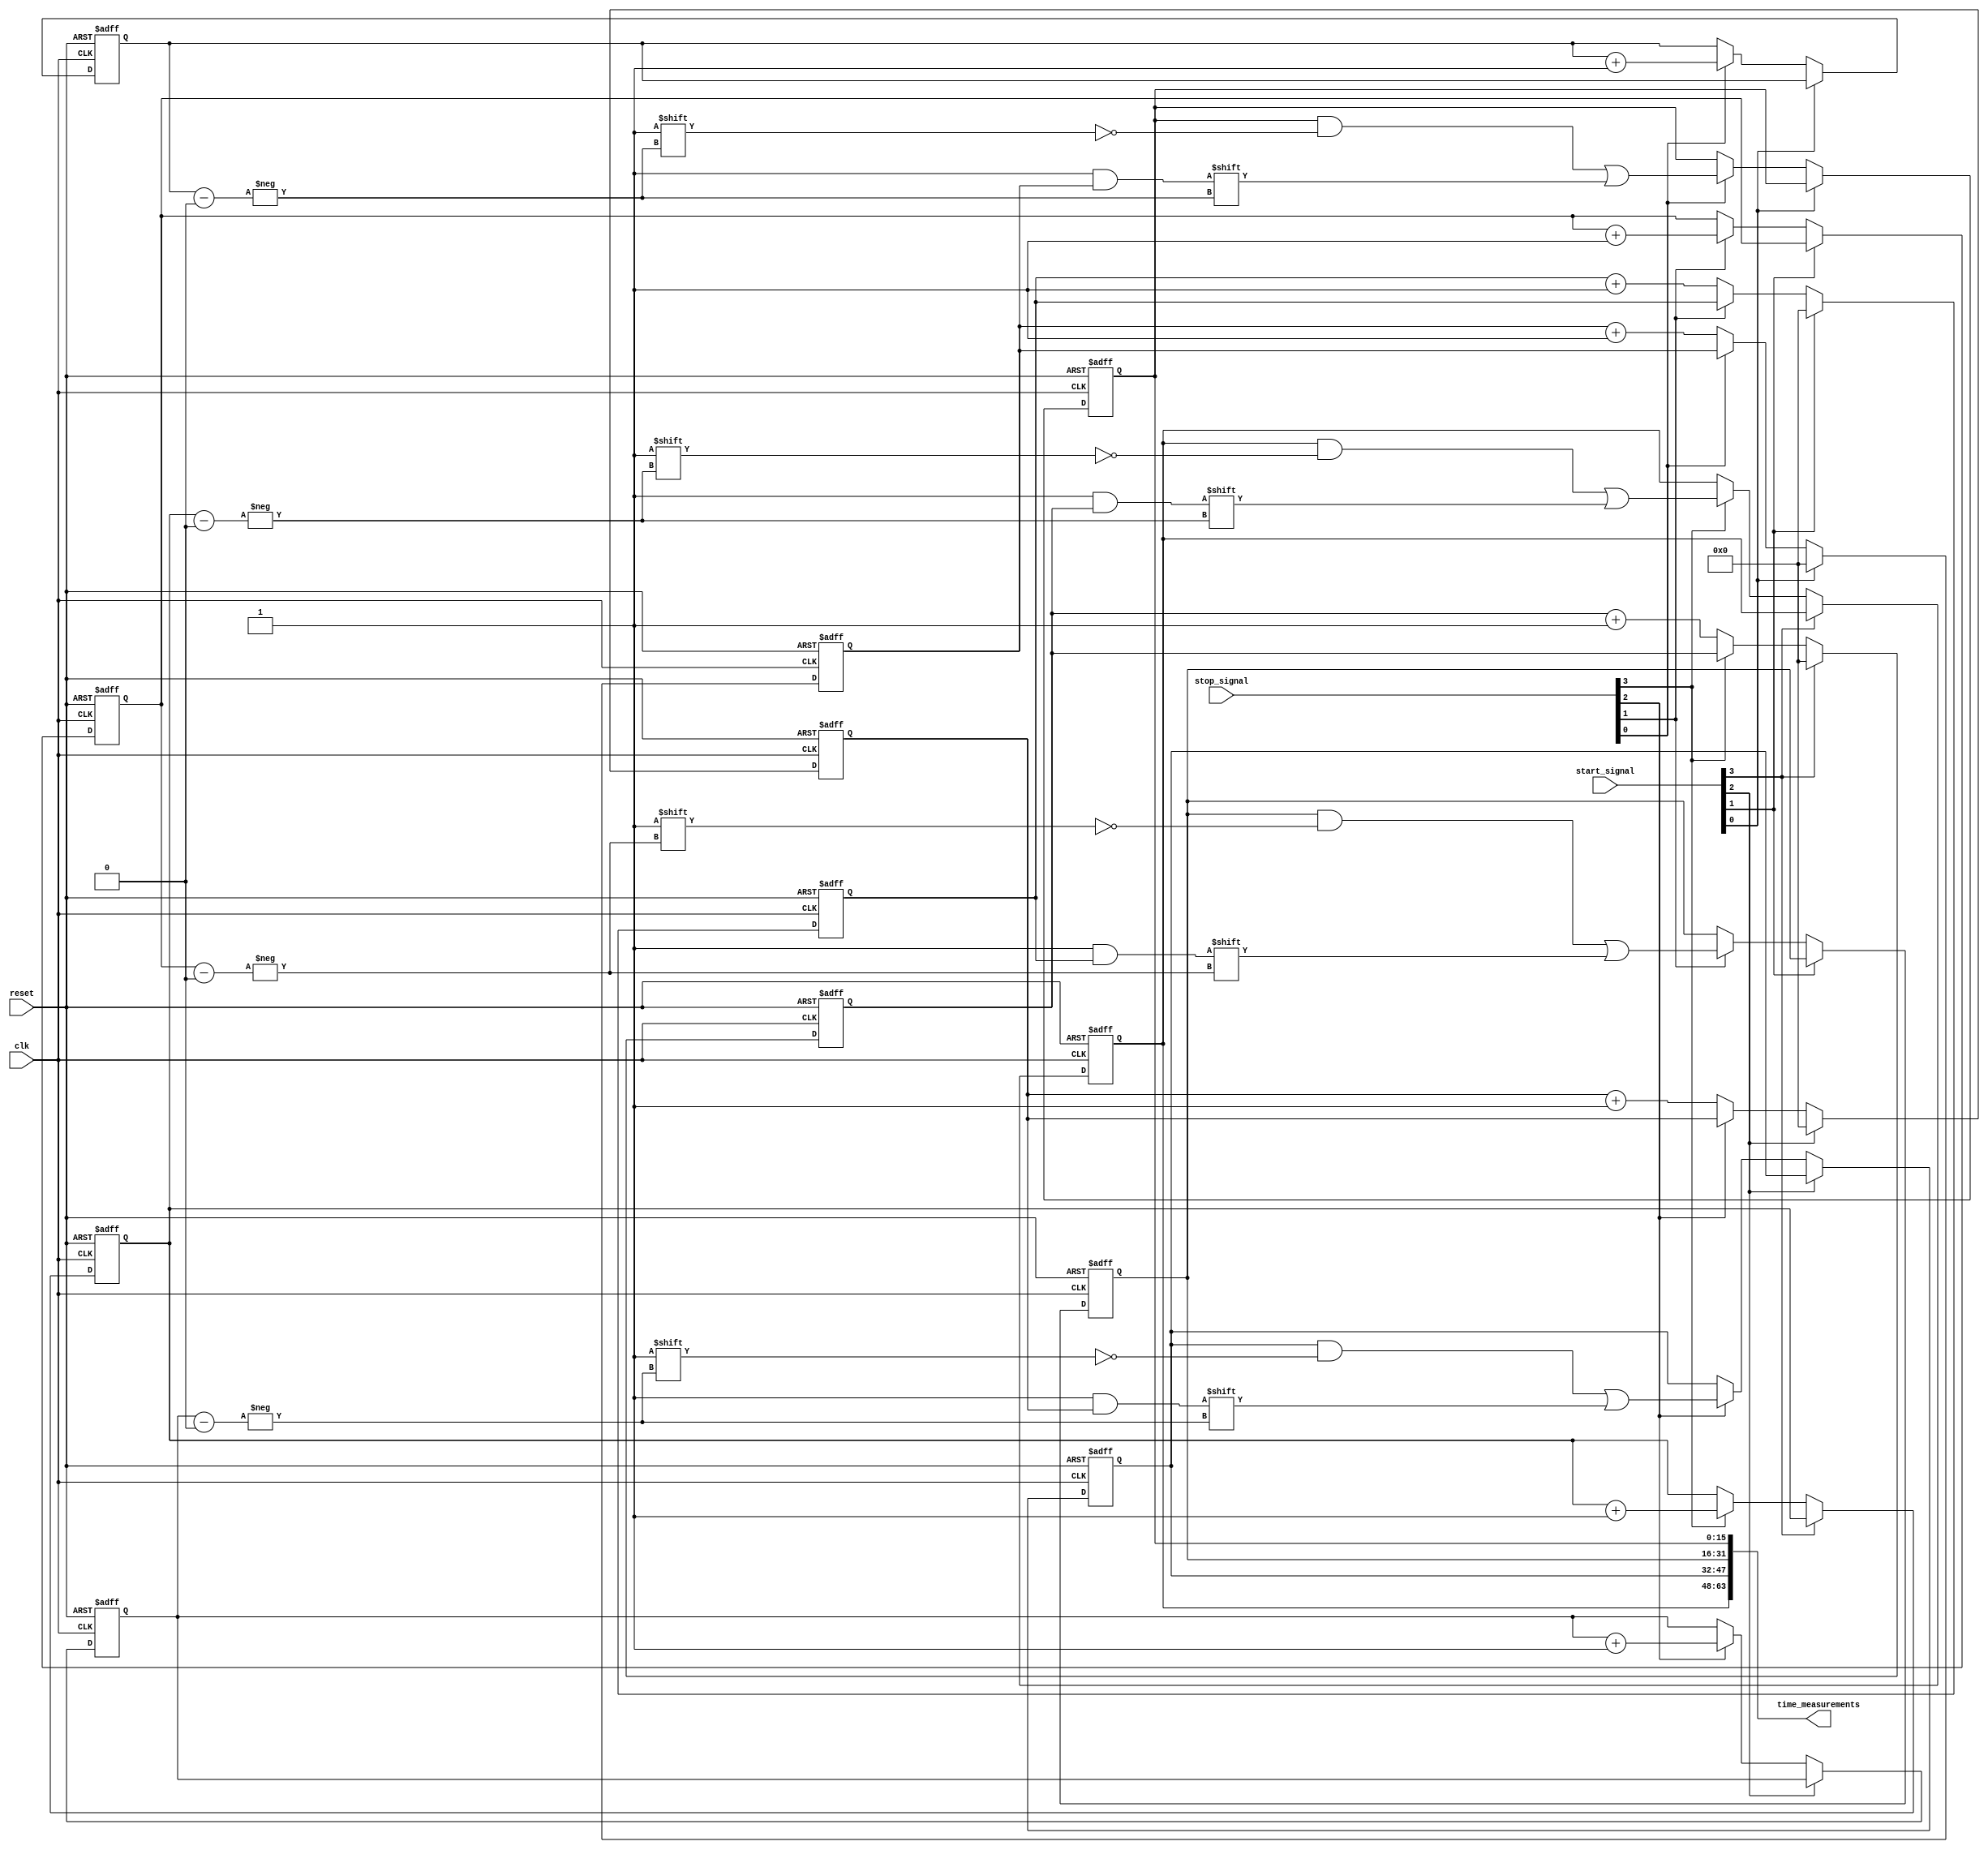
module TimeToDigitalConverter #(
    parameter NUM_CHANNELS = 4, // Number of TDC channels
    parameter MEMORY_DEPTH = 16  // Depth of memory for each channel
)(
    input wire clk,               // Sampling clock
    input wire reset,             // Reset signal
    input wire [NUM_CHANNELS-1:0] start_signal, // Start signals for each channel
    input wire [NUM_CHANNELS-1:0] stop_signal,  // Stop signals for each channel
    output wire [NUM_CHANNELS*MEMORY_DEPTH-1:0] time_measurements // Output time measurements
);
    // Internal signals
    reg [MEMORY_DEPTH-1:0] memory [0:NUM_CHANNELS-1]; // Memory for each channel
    reg [MEMORY_DEPTH-1:0] counter [0:NUM_CHANNELS-1]; // Counter for each channel
    reg [3:0] write_pointer [0:NUM_CHANNELS-1]; // Write pointers for memory
    reg [3:0] read_pointer [0:NUM_CHANNELS-1];  // Read pointers for memory

    // Initialize memory and pointers
    integer i;
    always @(posedge clk or posedge reset) begin
        if (reset) begin
            for (i = 0; i < NUM_CHANNELS; i = i + 1) begin
                memory[i] <= 0;
                counter[i] <= 0;
                write_pointer[i] <= 0;
                read_pointer[i] <= 0;
            end
        end else begin
            for (i = 0; i < NUM_CHANNELS; i = i + 1) begin
                // Start measuring time
                if (start_signal[i]) begin
                    counter[i] <= 0; // Reset counter on start
                end else if (stop_signal[i]) begin
                    // Store measurement on stop signal
                    memory[i][write_pointer[i]] <= counter[i];
                    write_pointer[i] <= write_pointer[i] + 1;
                end else begin
                    // Increment counter
                    counter[i] <= counter[i] + 1;
                end
            end
        end
    end

    // Output the measurements from all channels
    genvar j;
    generate
        for (j = 0; j < NUM_CHANNELS; j = j + 1) begin : output_memory
            assign time_measurements[(j+1)*MEMORY_DEPTH-1:j*MEMORY_DEPTH] = memory[j];
        end
    endgenerate

endmodule